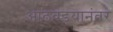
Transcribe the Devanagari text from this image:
आठवडयानंतर